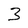
Character: 3